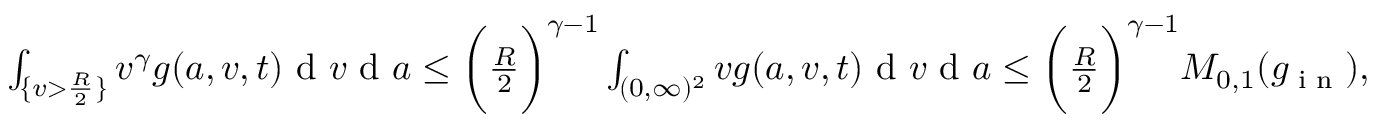
\begin{array} { r } { \int _ { \{ v > \frac { R } { 2 } \} } v ^ { \gamma } g ( a , v , t ) \textup { d } v \textup { d } a \leq \bigg ( \frac { R } { 2 } \bigg ) ^ { \gamma - 1 } \int _ { ( 0 , \infty ) ^ { 2 } } v g ( a , v , t ) \textup { d } v \textup { d } a \leq \bigg ( \frac { R } { 2 } \bigg ) ^ { \gamma - 1 } M _ { 0 , 1 } ( g _ { \textup { i n } } ) , } \end{array}